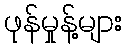
ဖုန်မှုန့်များ